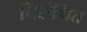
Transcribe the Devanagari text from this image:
निरोक्षित